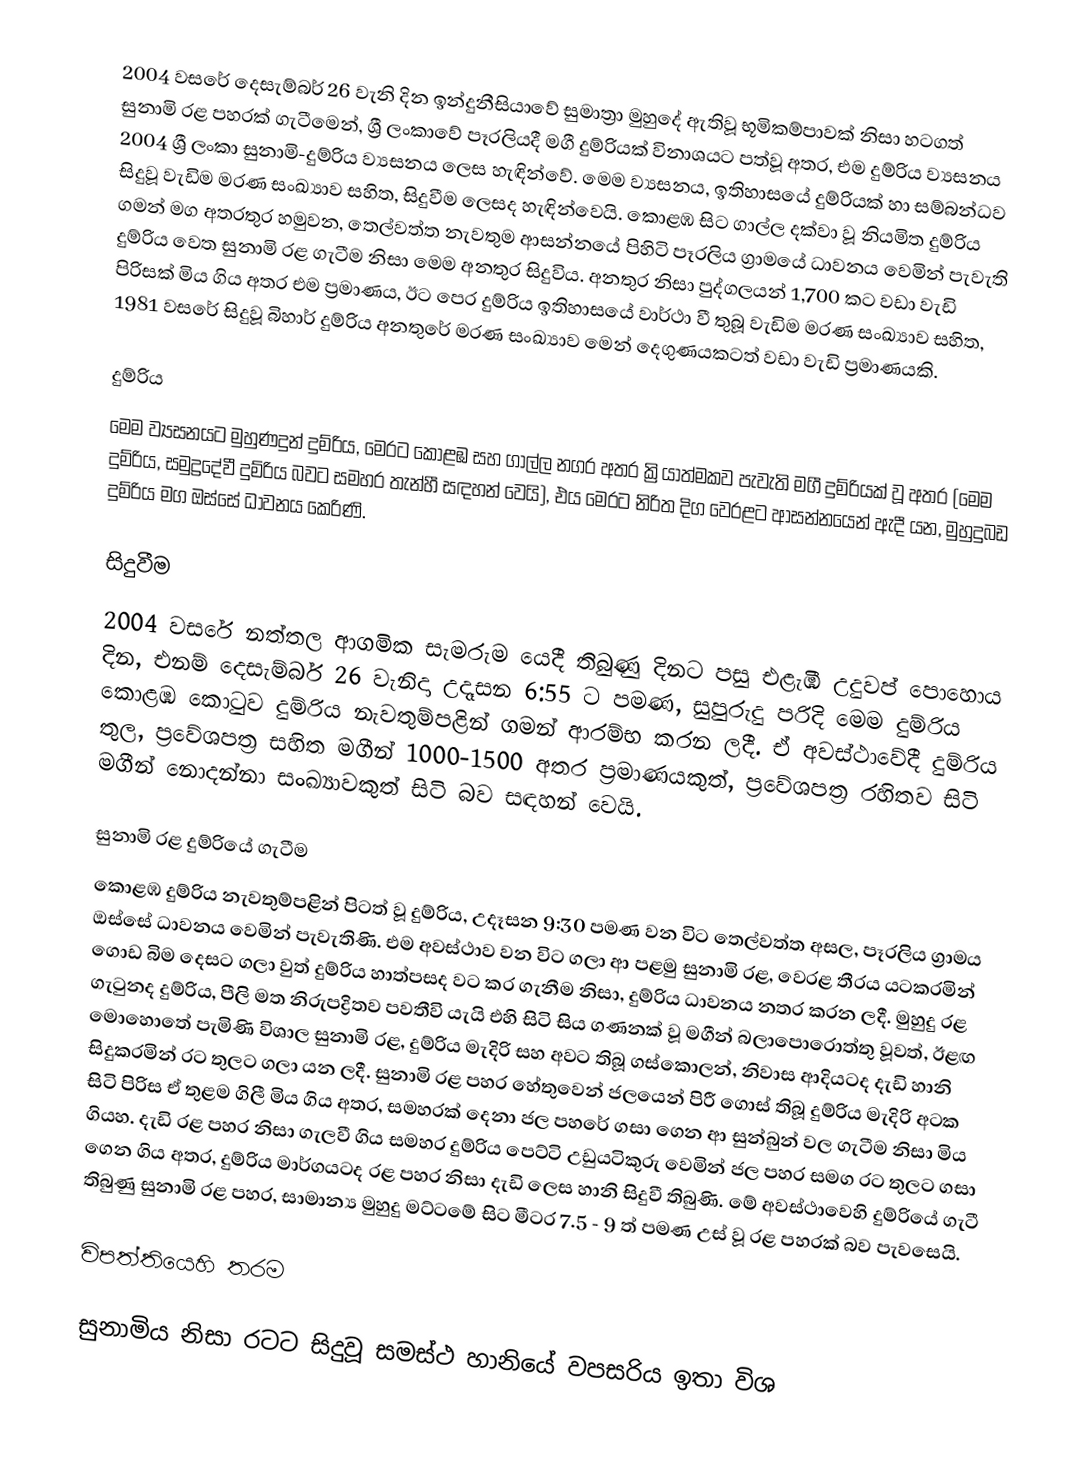
2004 වසරේ දෙසැම්බර් 26 වැනි දින ඉන්දුනීසියාවේ සුමාත්‍රා මුහුදේ ඇතිවූ භූමිකම්පාවක් නිසා හටගත් සුනාමි රළ පහරක් ගැටීමෙන්, ශ්‍රී ලංකාවේ පෑරලියදී මගී දුම්රියක් විනාශයට පත්වූ අතර, එම දුම්රිය ව්‍යසනය 2004 ශ්‍රී ලංකා සුනාමි-දුම්රිය ව්‍යසනය ලෙස හැඳින්වේ. මෙම ව්‍යසනය, ඉතිහාසයේ දුම්රියක් හා සම්බන්ධව සිදුවූ වැඩිම මරණ සංඛ්‍යාව සහිත, සිදුවීම ලෙසද හැඳින්වෙයි. කොළඹ සිට ගාල්ල දක්වා වූ නියමිත දුම්රිය ගමන් මග අතරතුර හමුවන, තෙල්වත්ත නැවතුම ආසන්නයේ පිහිටි පෑරලිය ග්‍රාමයේ ධාවනය වෙමින් පැවැති දුම්රිය වෙත සුනාමි රළ ගැටීම නිසා මෙම අනතුර සිදුවිය. අනතුර නිසා පුද්ගලයන් 1,700 කට වඩා වැඩි පිරිසක් මිය ගිය අතර එම ප්‍රමාණය, ඊට පෙර දුම්රිය ඉතිහාසයේ වාර්ථා වී තුබූ වැඩිම මරණ සංඛ්‍යාව සහිත, 1981 වසරේ සිදුවූ බිහාර් දුම්රිය අනතුරේ මරණ සංඛ්‍යාව මෙන් දෙගුණයකටත් වඩා වැඩි ප්‍රමාණයකි.

දුම්රිය
මෙම ව්‍යසනයට මුහුණදුන් දුම්රිය, මෙරට කොළඹ සහ ගාල්ල නගර අතර ක්‍රියාත්මකව පැවැති මගී දුම්රියක් වූ අතර (මෙම දුම්රිය, සමුද්‍රදේවී දුම්රිය බවට සමහර තැන්හී සඳහන් වෙයි), එය මෙරට නිරිත දිග වෙරළට ආසන්නයෙන් ඇදී යන, මුහුදුබඩ දුම්රිය මග ඔස්සේ ධාවනය කෙරිණි.

සිදුවීම
2004 වසරේ නත්තල ආගමික සැමරුම යෙදී තිබුණු දිනට පසු එළැඹි උදුවප් පොහොය දින, එනම් දෙසැම්බර් 26 වැනිදා උදෑසන 6:55 ට පමණ, සුපුරුදු පරිදි මෙම දුම්රිය කොළඹ කොටුව දුම්රිය නැවතුම්පළින් ගමන් ආරම්භ කරන ලදී. ඒ අවස්ථාවේදී දුම්රිය තුල, ප්‍රවේශපත්‍ර සහිත මගීන් 1000-1500 අතර ප්‍රමාණයකුත්, ප්‍රවේශපත්‍ර රහිතව සිටි මගීන් නොදන්නා සංඛ්‍යාවකුත් සිටි බව සඳහන් වෙයි.

සුනාමි රළ දුම්රියේ ගැටීම
කොළඹ දුම්රිය නැවතුම්පළින් පිටත් වූ දුම්රිය, උදෑසන 9:30 පමණ වන විට තෙල්වත්ත අසල, පෑරලිය ග්‍රාමය ඔස්සේ ධාවනය වෙමින් පැවැතිණි. එම අවස්ථාව වන විට ගලා ආ පළමු සුනාමි රළ, වෙරළ තීරය යටකරමින් ගොඩ බිම දෙසට ගලා වුත් දුම්රිය හාත්පසද වට කර ගැනීම නිසා, දුම්රිය ධාවනය නතර කරන ලදී. මුහුදු රළ ගැටුනද දුම්රිය, පීලි මත නිරුපද්‍රිතව පවතීවි යැයි එහි සිටි සිය ගණනක් වූ මගීන් බලාපොරොත්තු වූවත්, ඊළඟ මොහොතේ පැමිණි විශාල සුනාමි රළ, දුම්රිය මැදිරි සහ අවට තිබූ ගස්කොලන්, නිවාස ආදියටද දැඩි හානි සිදුකරමින් රට තුලට ගලා යන ලදී. සුනාමි රළ පහර හේතුවෙන් ජලයෙන් පිරී ගොස් තිබූ දුම්රිය මැදිරි අටක සිටි පිරිස ඒ තුළම ගිලී මිය ගිය අතර, සමහරක් දෙනා ජල පහරේ ගසා ගෙන ආ සුන්බුන් වල ගැටීම නිසා මිය ගියහ. දැඩි රළ පහර නිසා ගැලවී ගිය සමහර දුම්රිය පෙට්ටි උඩුයටිකුරු වෙමින් ජල පහර සමග රට තුලට ගසා ගෙන ගිය අතර, දුම්රිය මාර්ගයටද රළ පහර නිසා දැඩි ලෙස හානි සිදුවී තිබුණි. මේ අවස්ථාවෙහි දුම්රියේ ගැටී තිබුණු සුනාමි රළ පහර, සාමාන්‍ය මුහුදු මට්ටමේ සිට මීටර 7.5 - 9 ත් පමණ උස් වූ රළ පහරක් බව පැවසෙයි.

විපත්තියෙහි තරම

සුනාමිය නිසා රටට සිදුවූ සමස්ථ හානියේ වපසරිය ඉතා විශ